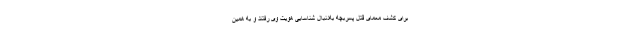
برای کشف معمای قتل پسربچه به‌دنبال شناسایی هویت وی رفتند و به همین